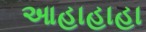
આહાહાહા